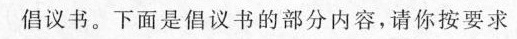
倡议书。下面是倡议书的部分内容，请你按要求